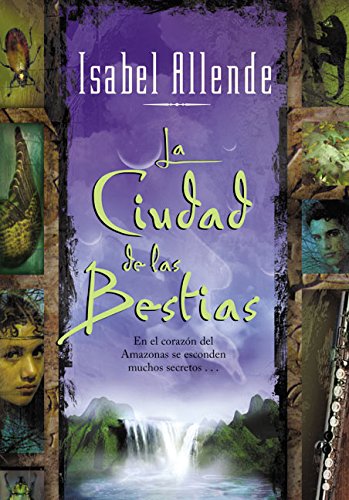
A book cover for La Ciudad de las Bestias (Spanish Edition); Isabel Allende; Literature & Fiction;